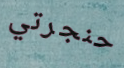
حنجرتي